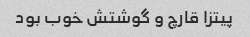
پیتزا قارچ و گوشتش خوب بود